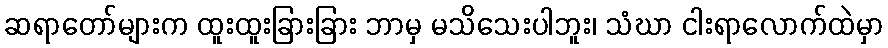
ဆရာတော်များက ထူးထူးခြားခြား ဘာမှ မသိသေးပါဘူး၊ သံဃာ ငါးရာလောက်ထဲမှာ